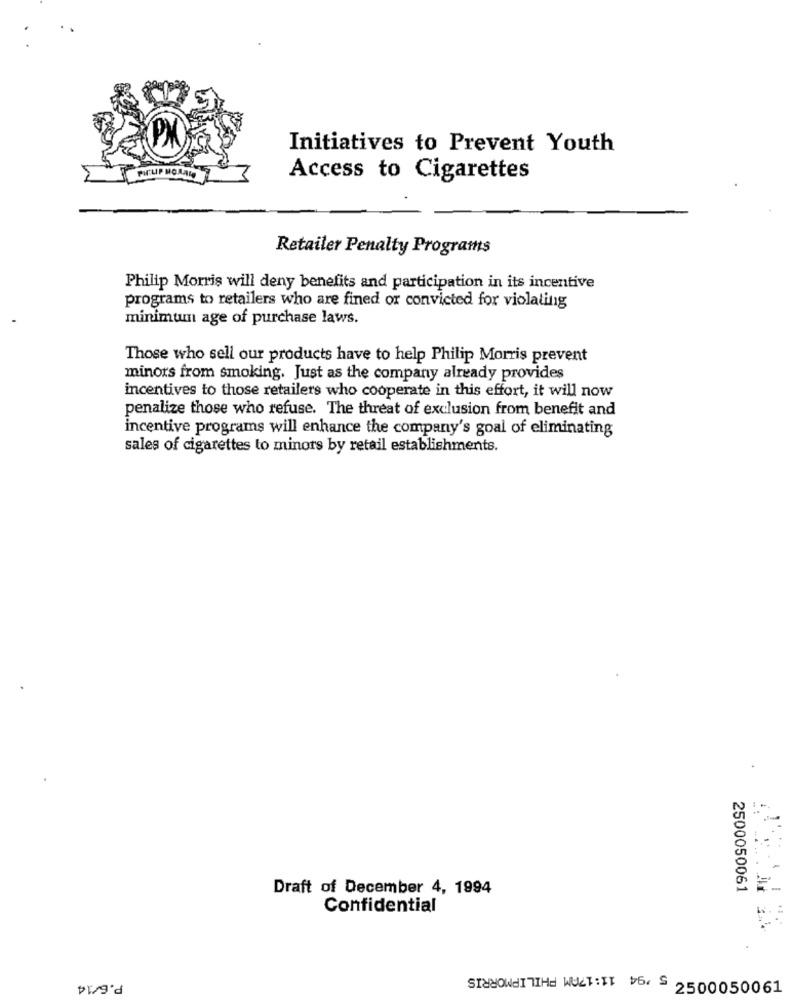
Initiatives to Prevent Youth
Access to Cigarettes
Retailer Penalty Programs
Philip Morris will deny benefits and participation in its incentive
programs to retailers who are fined or convicted for violating
minimuun age of purchase laws.
Those who sell our products have to help Philip Morris prevent
minors from smoking. Just as the company already provides
incentives to those retailers who cooperate in this effort, it will now
penalize those who refuse. The threat of exclusion from benefit and
incentive programs will enhance the company's goal of eliminating
sales of cigarettes to minors by retail establishments.
Draft of December 4, 1994
2500050061
Confidential
T90090009 5 94 11:17AM PHILIPMORRIS
P.6/14